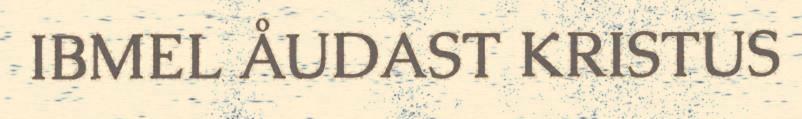
IBMEL ÅUDAST KRISTUS